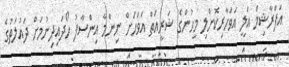
އަފްރާޝިމް އަލީ އަވަހާރިކޮށްލި މީހުންގެ ޝަރީއަތް އަވަހަށް ނިންމާ އިންސާފު ހޯދައިދިނުމަށް ދައުލަތުގެ